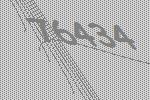
76434